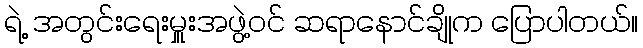
ရဲ့ အတွင်းရေးမှူးအဖွဲ့ဝင် ဆရာနောင်ချိုက ပြောပါတယ်။